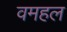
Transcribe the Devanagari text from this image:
वमहल